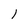
Character: 1